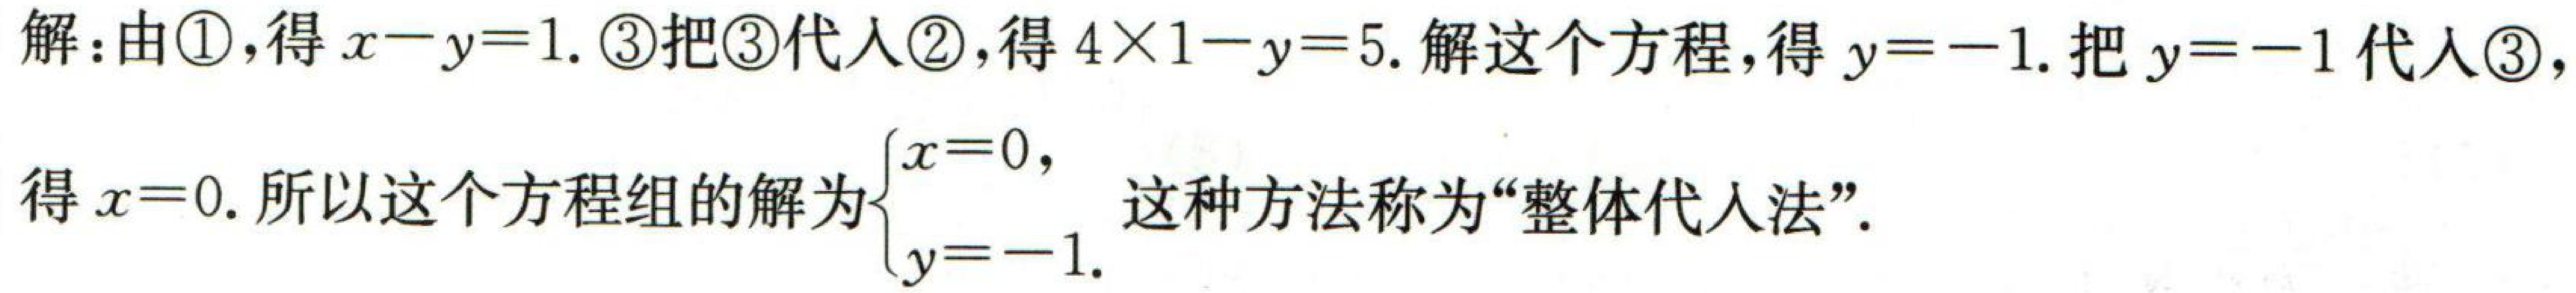
解：由\textcircled{1}，得\(x - y = 1\). \textcircled{3}把\textcircled{3}代入\textcircled{2}，得\(4\times1 - y = 5\). 解这个方程，得\(y = - 1\). 把\(y = - 1\)代入\textcircled{3}，得\(x = 0\). 所以这个方程组的解为\(\begin{cases}x = 0,\\y = - 1.\end{cases}\)这种方法称为“整体代入法”.